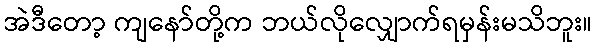
အဲဒီတော့ ကျနော်တို့က ဘယ်လိုလျှောက်ရမှန်းမသိဘူး။